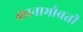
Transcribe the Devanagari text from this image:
कानाभोवती